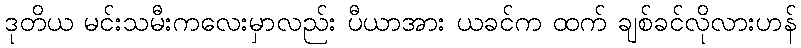
ဒုတိယ မင်းသမီးကလေးမှာလည်း ပီယာအား ယခင်က ထက် ချစ်ခင်လိုလားဟန်